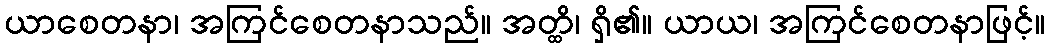
ယာစေတနာ၊ အကြင်စေတနာသည်။ အတ္ထိ၊ ရှိ၏။ ယာယ၊ အကြင်စေတနာဖြင့်။